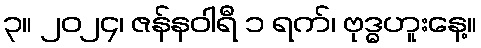
၃။ ၂၀၂၄၊ ဇန်နဝါရီ ၁ ရက်၊ ဗုဒ္ဓဟူးနေ့။